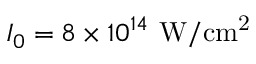
I _ { 0 } = 8 \times 1 0 ^ { 1 4 } ~ \mathrm { W / c m ^ { 2 } }